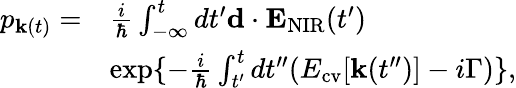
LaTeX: \begin{array}{rl}{p_{{\mathbf k}(t)}=}&{\frac{i}{\hbar}\int_{-\infty}^{t}dt^{\prime}{\mathbf d}\cdot{\mathbf E}_{\mathrm{NIR}}(t^{\prime})}\\ &{\exp\{ -\frac{i}{\hbar}\int_{t^{\prime}}^{t}dt^{\prime\prime}(E_{\mathrm{cv}}[{\mathbf k}(t^{\prime\prime})]-i\Gamma)\} ,}\end{array}